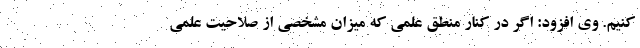
کنیم. وی افزود: اگر در کنار منطق علمی که میزان مشخصی از صلاحیت علمی